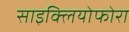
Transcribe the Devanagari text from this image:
साइक्लियोफोरा